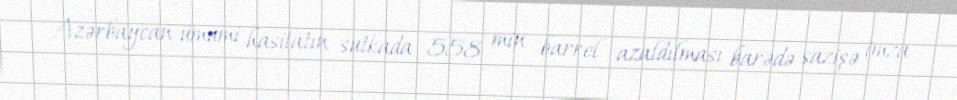
Azərbaycan ümumi hasilatın sutkada 558 min barrel azaldılması barədə sazişə imza